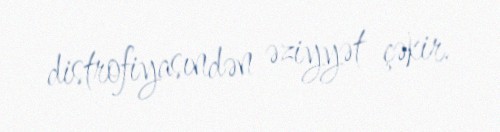
distrofiyasındən əziyyət çəkir.